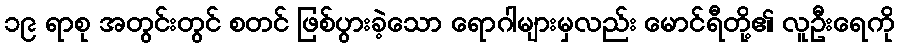
၁၉ ရာစု အတွင်းတွင် စတင် ဖြစ်ပွားခဲ့သော ရောဂါများမှလည်း မောင်ရီတို့၏ လူဦးရေကို